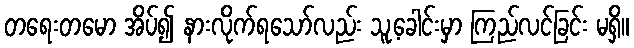
တရေးတမော အိပ်၍ နားလိုက်ရသော်လည်း သူ့ခေါင်းမှာ ကြည်လင်ခြင်း မရှိ။